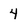
Character: 4